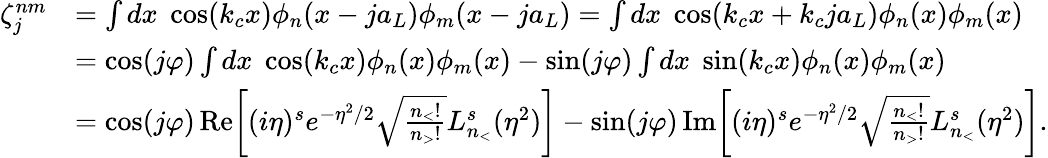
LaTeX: \begin{array}{rl}{\zeta_{j}^{nm}}&{=\int dx\; \cos(k_{c}x)\phi_{n}(x-ja_{L})\phi_{m}(x-ja_{L})=\int dx\; \cos(k_{c}x+k_{c}ja_{L})\phi_{n}(x)\phi_{m}(x)}\\ &{=\cos(j\varphi)\int dx\; \cos(k_{c}x)\phi_{n}(x)\phi_{m}(x)-\sin(j\varphi)\int dx\; \sin(k_{c}x)\phi_{n}(x)\phi_{m}(x)}\\ &{=\cos(j\varphi)\, \mathrm{Re}\bigg[(i\eta)^{s}e^{-\eta^{2}/2}\sqrt{\frac{n_{<}!}{n_{>}!}}L_{n_{<}}^{s}(\eta^{2})\bigg]-\sin(j\varphi)\, \mathrm{Im}\bigg[(i\eta)^{s}e^{-\eta^{2}/2}\sqrt{\frac{n_{<}!}{n_{>}!}}L_{n_{<}}^{s}(\eta^{2})\bigg].}\end{array}